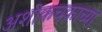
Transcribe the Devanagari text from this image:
अशोकचक्राच्या